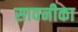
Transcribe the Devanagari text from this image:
सावनीका